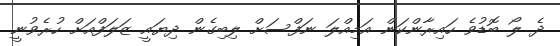
ދެ ލޯ ބޮޑުވެ ހައިރާންކަން އަމިއްލަ ނަފްސަށް ލިބިގެން ދިޔައީ ޒަލަފްއަށް ހުރެވުނީ